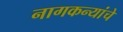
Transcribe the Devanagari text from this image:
नागकन्यांचे